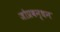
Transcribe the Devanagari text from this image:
जोप्रबन्धन